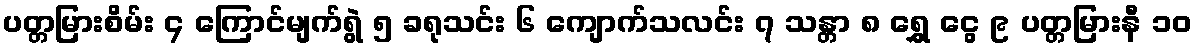
ပတ္တမြားစိမ်း ၄ ကြောင်မျက်ရွဲ ၅ ခရုသင်း ၆ ကျောက်သလင်း ၇ သန္တာ ၈ ရွှေ ငွေ ၉ ပတ္တမြားနီ ၁၀